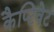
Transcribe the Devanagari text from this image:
कैप्टिवेट